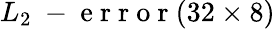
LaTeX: L_{2}\mathrm{~-~e~r~r~o~r~}(32\times 8)